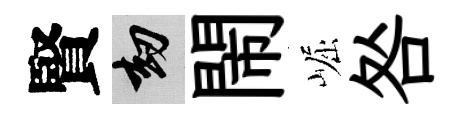
賢劫閙崛咎